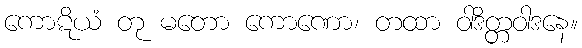
ကောဋိယံ တု မတော ကောဏော၊ တထာ ဝါဒိတ္တဝါဒနေ။